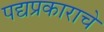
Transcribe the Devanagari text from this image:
पद्यप्रकाराचे